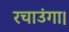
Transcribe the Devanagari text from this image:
रचाउंगा।